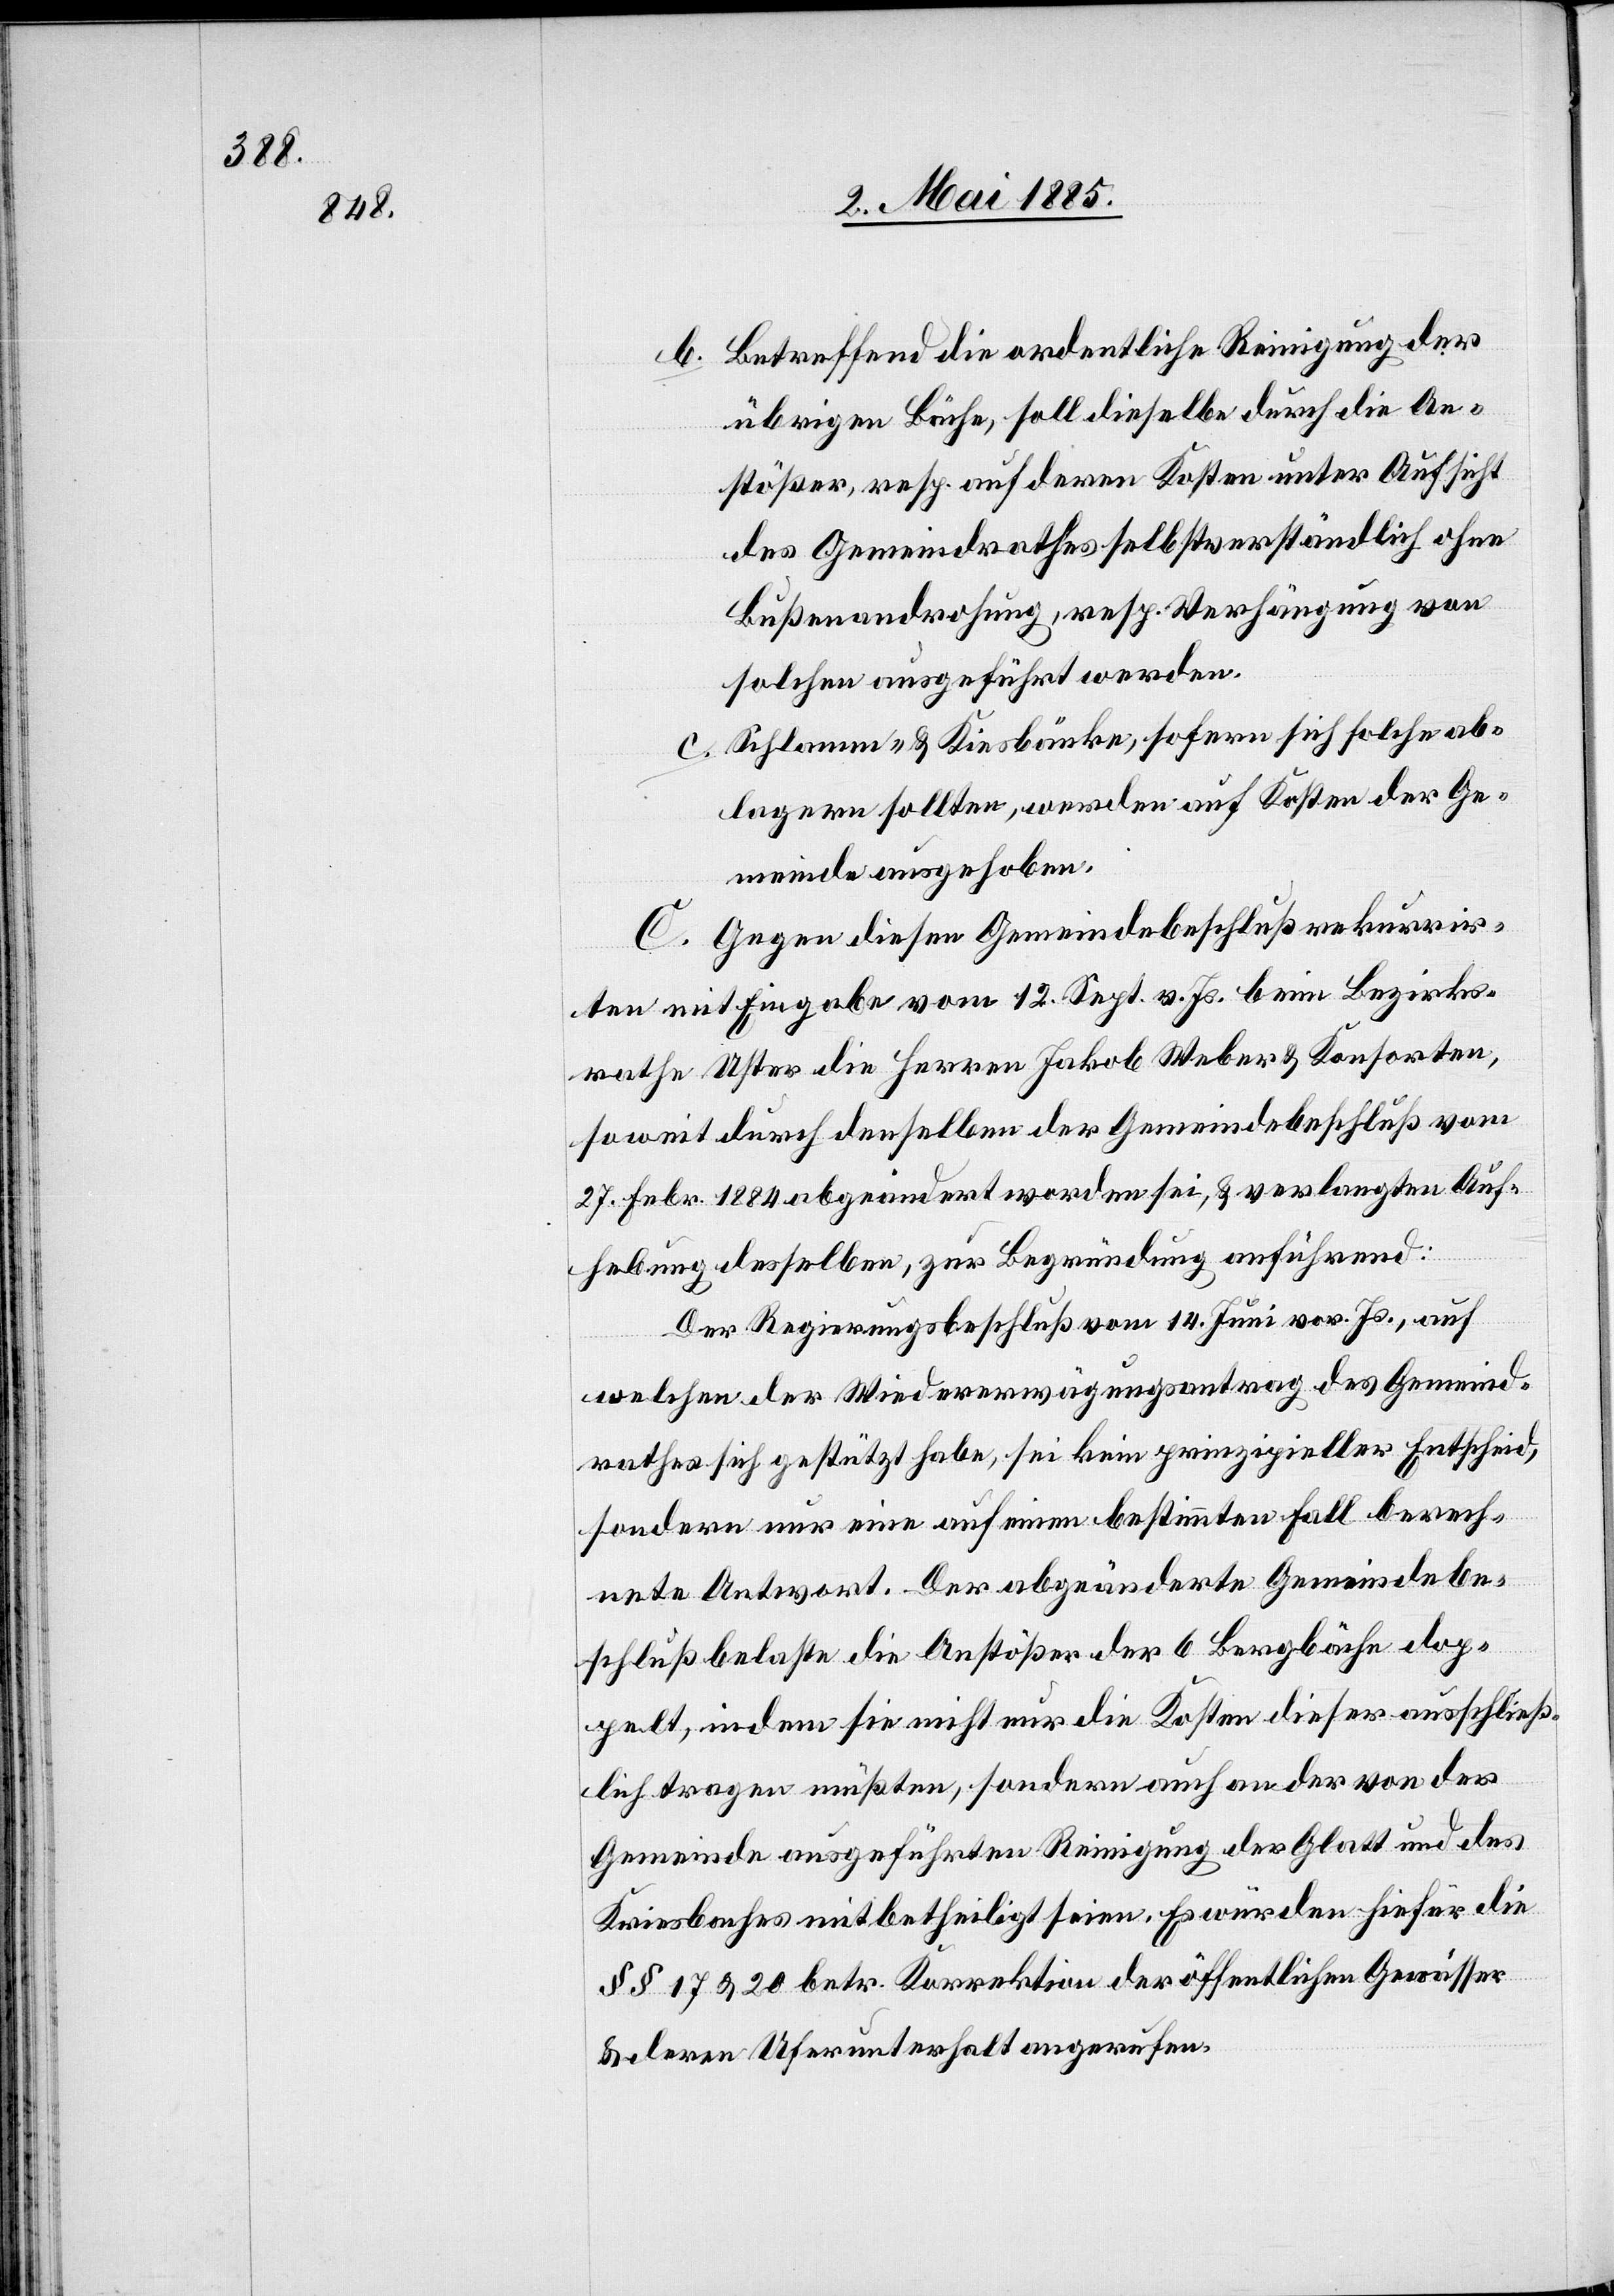
b. Betreffend die ordentliche Reinigung der
übrigen Bäche, soll dieselbe durch die An¬
stößer, resp. auch deren Kosten unter Aufsicht
des Gemeindrathes selbstverständlich ohne
Bußenandrohung, resp. Verhängung von
solchen ausgeführt werden.
c. Schlamm- & Kiesbänke, sofern sich solche ab¬
lagern sollten, werden auf Kosten der Ge¬
meinde ausgehoben.
C. Gegen diesen Gemeindebeschluß rekurrir¬
ten mit Eingabe vom 12. Sept. v. Js. beim Bezirks¬
rath Uster die Herren Jakob Weber & Konsorten,
soweit durch denselben der Gemeindebeschluß vom
27. Febr. 1884 abgeändert worden sei, & verlangten Auf¬
hebung desselben, zur Begründung anführend:
Der Regierungsbeschluß vom 14. Juni vor. Js., auf
welchen der Wiedererwägungsantrag des Gemeind¬
rathes sich gestützt habe, sei kein prinzipieller Entscheid,
sondern nur eine auf einem bestimmten Fall berech¬
nete Antwort. Der abgeänderte Gemeindebe¬
schluß belaste die Anstößer der 6 Bergbäche dop¬
pelt, indem sie nicht nur die Kosten dieser ausschließ¬
lich tragen müßten, sondern auch an der von der
Gemeinde ausgeführten Reinigung der Glatt und des
Kriesbaches mitbetheiligt seien. Es würden hiefür die
§§ 17 & 20 betr. Korrektion der öffentlichen Gewässer
& deren Uferunterhalt angerufen.